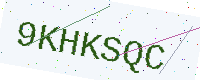
Text: 9KHKSQC